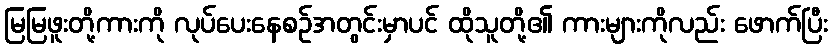
မြမြဖူးတို့ကားကို လုပ်ပေးနေစဉ်အတွင်းမှာပင် ထိုသူတို့၏ ကားများကိုလည်း ဖောက်ပြီး